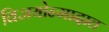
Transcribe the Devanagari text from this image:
विजयोन्मादात